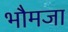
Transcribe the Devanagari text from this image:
भौमजा